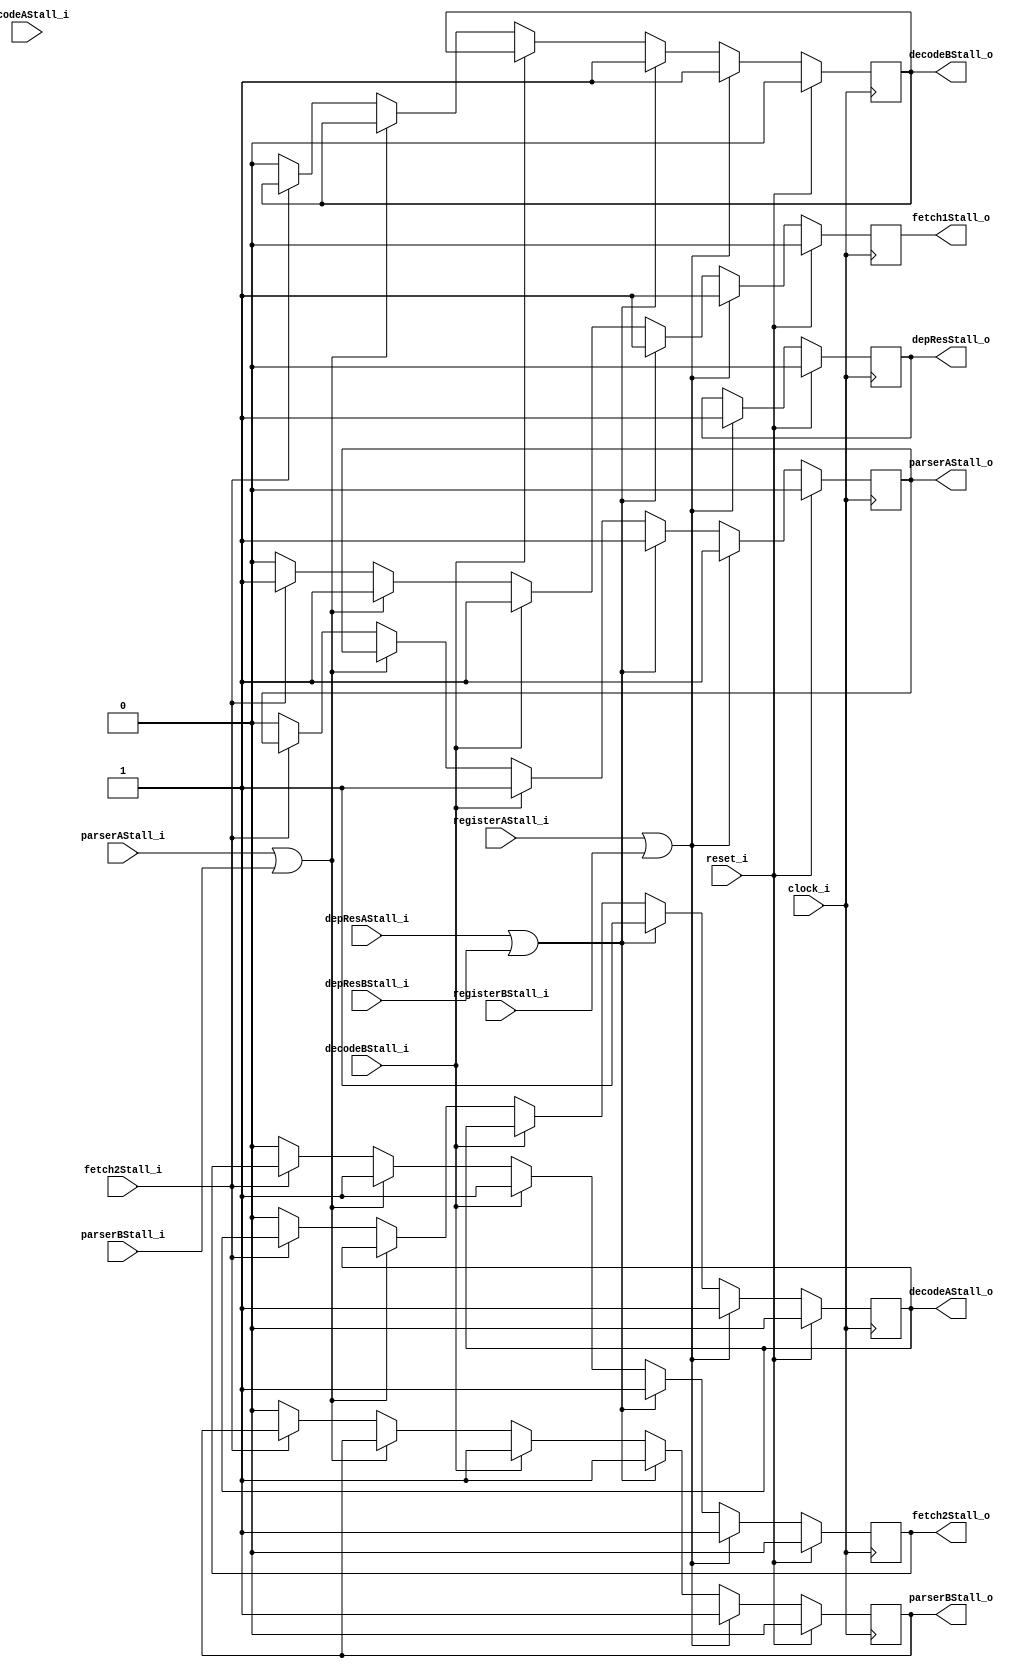
`timescale 1ns / 1ps
//////////////////////////////////////////////////////////////////////////////////
//This unit is designed to centralise the stalling control functionality of the core
//it takes a stall input from each of the pipeline stages that may need to be able to generate a stall-back
//and it generates stalls to all of the pipeline stages front-side of the stall-generating pipeline stage
//////////////////////////////////////////////////////////////////////////////////
module PipelineStallUnit(
		//control
		input wire clock_i,
		input wire reset_i,
		
		//inputs - from units needing to generate a stall
		input wire fetch2Stall_i,
		input wire parserAStall_i,
		input wire parserBStall_i,
		input wire decodeAStall_i,
		input wire decodeBStall_i,
		input wire depResAStall_i, depResBStall_i,
		input wire registerAStall_i,
		input wire registerBStall_i,
		
		//output - units to be stalled
		output reg fetch1Stall_o,
		output reg fetch2Stall_o,
		output reg parserAStall_o,
		output reg parserBStall_o,
		output reg decodeAStall_o,
		output reg decodeBStall_o,
		output reg depResStall_o
		
		//TODO: ADD MORE INPUTS AND OUTPUTS FROM/TO LATER PIPELINE STAGES
    );

always @(posedge clock_i)
begin
	if(reset_i)
	begin//on reset, set the CPU's stalled state
		fetch1Stall_o <= 0;
		fetch2Stall_o <= 0;
		parserAStall_o <= 0;
		parserBStall_o <= 0;
		decodeAStall_o <= 0;
		decodeBStall_o <= 0;
		depResStall_o <= 0;
	end
	else//run the else-ifs from the back of the pipeline forwards so if something at the back is stalling, 
	begin//it will stall forwards and end up stalling the things at the front anyway. Otherwise the first match at the front coult be 
	//picked up and only stall the front and not the back which is in need of stalling
		if((registerAStall_i == 1) || (registerBStall_i == 1))//if a stall from the registers
		begin
			fetch1Stall_o <= 1;
			fetch2Stall_o <= 1;
			parserAStall_o <= 1;
			parserBStall_o <= 1;
			decodeAStall_o <= 1;
			decodeBStall_o <= 1;
			depResStall_o <= 1;
		end
		else if((depResAStall_i == 1) || (depResBStall_i == 1))//if a stall from the data dependancy unit
		begin
			fetch1Stall_o <= 1;
			fetch2Stall_o <= 1;
			parserAStall_o <= 1;
			parserBStall_o <= 1;
			decodeAStall_o <= 1;
			decodeBStall_o <= 1;
		end
		else if((decodeBStall_i == 1) || (decodeBStall_i == 1))//else if a stall at the decoders
		begin
			fetch1Stall_o <= 1;
			fetch2Stall_o <= 1;
			parserAStall_o <= 1;
			parserBStall_o <= 1;
		end
		else if((parserAStall_i == 1) || (parserBStall_i == 1))//else at the parser
		begin
			fetch1Stall_o <= 1;
			fetch2Stall_o <= 1;
		end
		else if(fetch2Stall_i == 1)//else fetch stage 2
		begin
			fetch1Stall_o <= 1;
		end
		else
		begin//else unstall everything
			fetch1Stall_o <= 0;
			fetch2Stall_o <= 0;
			parserAStall_o <= 0;
			parserBStall_o <= 0;
			decodeAStall_o <= 0;
			decodeBStall_o <= 0;
		end
	end
end


endmodule